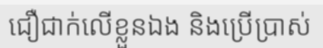
ជឿជាក់លើខ្លួនឯង និងប្រើប្រាស់